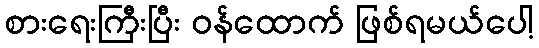
စားရေးကြီးပြီး ဝန်ထောက် ဖြစ်ရမယ်ပေါ့